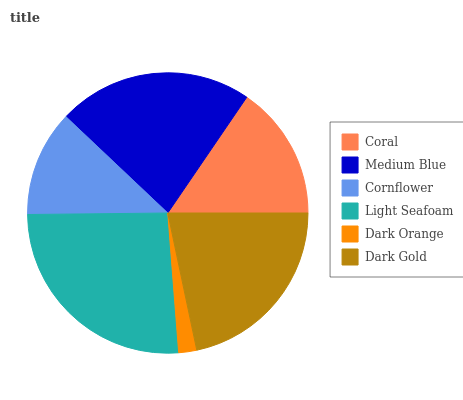
| Coral | Medium Blue | Cornflower | Light Seafoam | Dark Orange | Dark Gold |
 | --- | --- | --- | --- | --- | --- |
 | 15.5% | 22.5% | 12.2% | 26.1% | 2.07% | 21.7% |